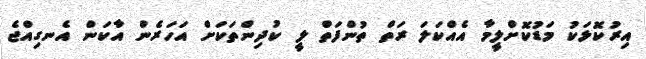
އިރުކޮޅަކު މަޑުކޮށްލީމާ އެއްކަލަ ރަތް ތުންފަތް ލީ ކުދިންތަކަށް އަހަރެން އާކަން އެނގިއްޖެ